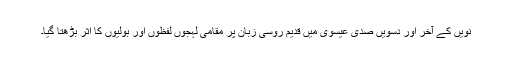
نویں کے آخر اور دسویں صدی عیسوی میں قدیم روسی زبان پر مقامی لہجوں لفظوں اور بولیوں کا اثر بڑھتا گیا۔